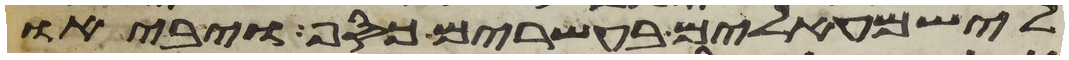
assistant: לישמעאלים בעשרים כסף ויביאו